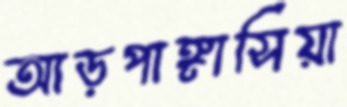
আড়পাঙ্গাসিয়া